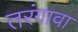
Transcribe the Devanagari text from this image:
तरंगावा